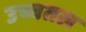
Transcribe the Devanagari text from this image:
उच्चतल